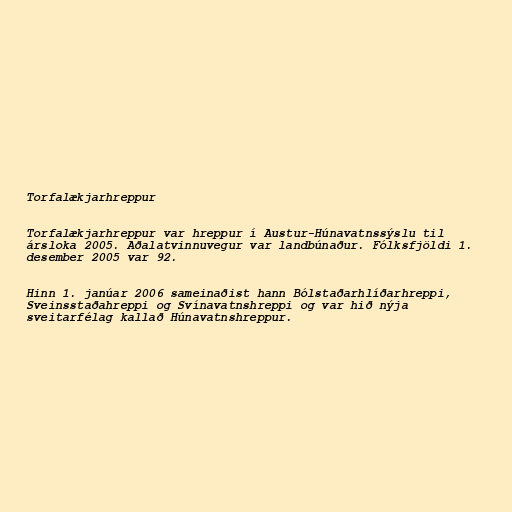
Torfalækjarhreppur

Torfalækjarhreppur var hreppur í Austur-Húnavatnssýslu til
ársloka 2005. Aðalatvinnuvegur var landbúnaður. Fólksfjöldi 1.
desember 2005 var 92.

Hinn 1. janúar 2006 sameinaðist hann Bólstaðarhlíðarhreppi,
Sveinsstaðahreppi og Svínavatnshreppi og var hið nýja
sveitarfélag kallað Húnavatnshreppur.